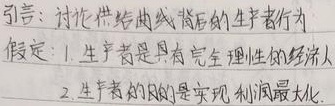
引言：讨论供给曲线背后的生产者行为
假定：
1. 生产者是具有完全理性的经济人
2. 生产者的目的是实现利润最大化。